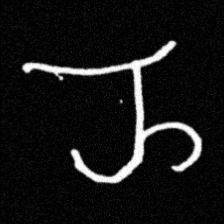
Pyu character \u2014 Myanmar letter: ည (romanized: nya)